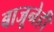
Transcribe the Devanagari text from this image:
बाजूनेही